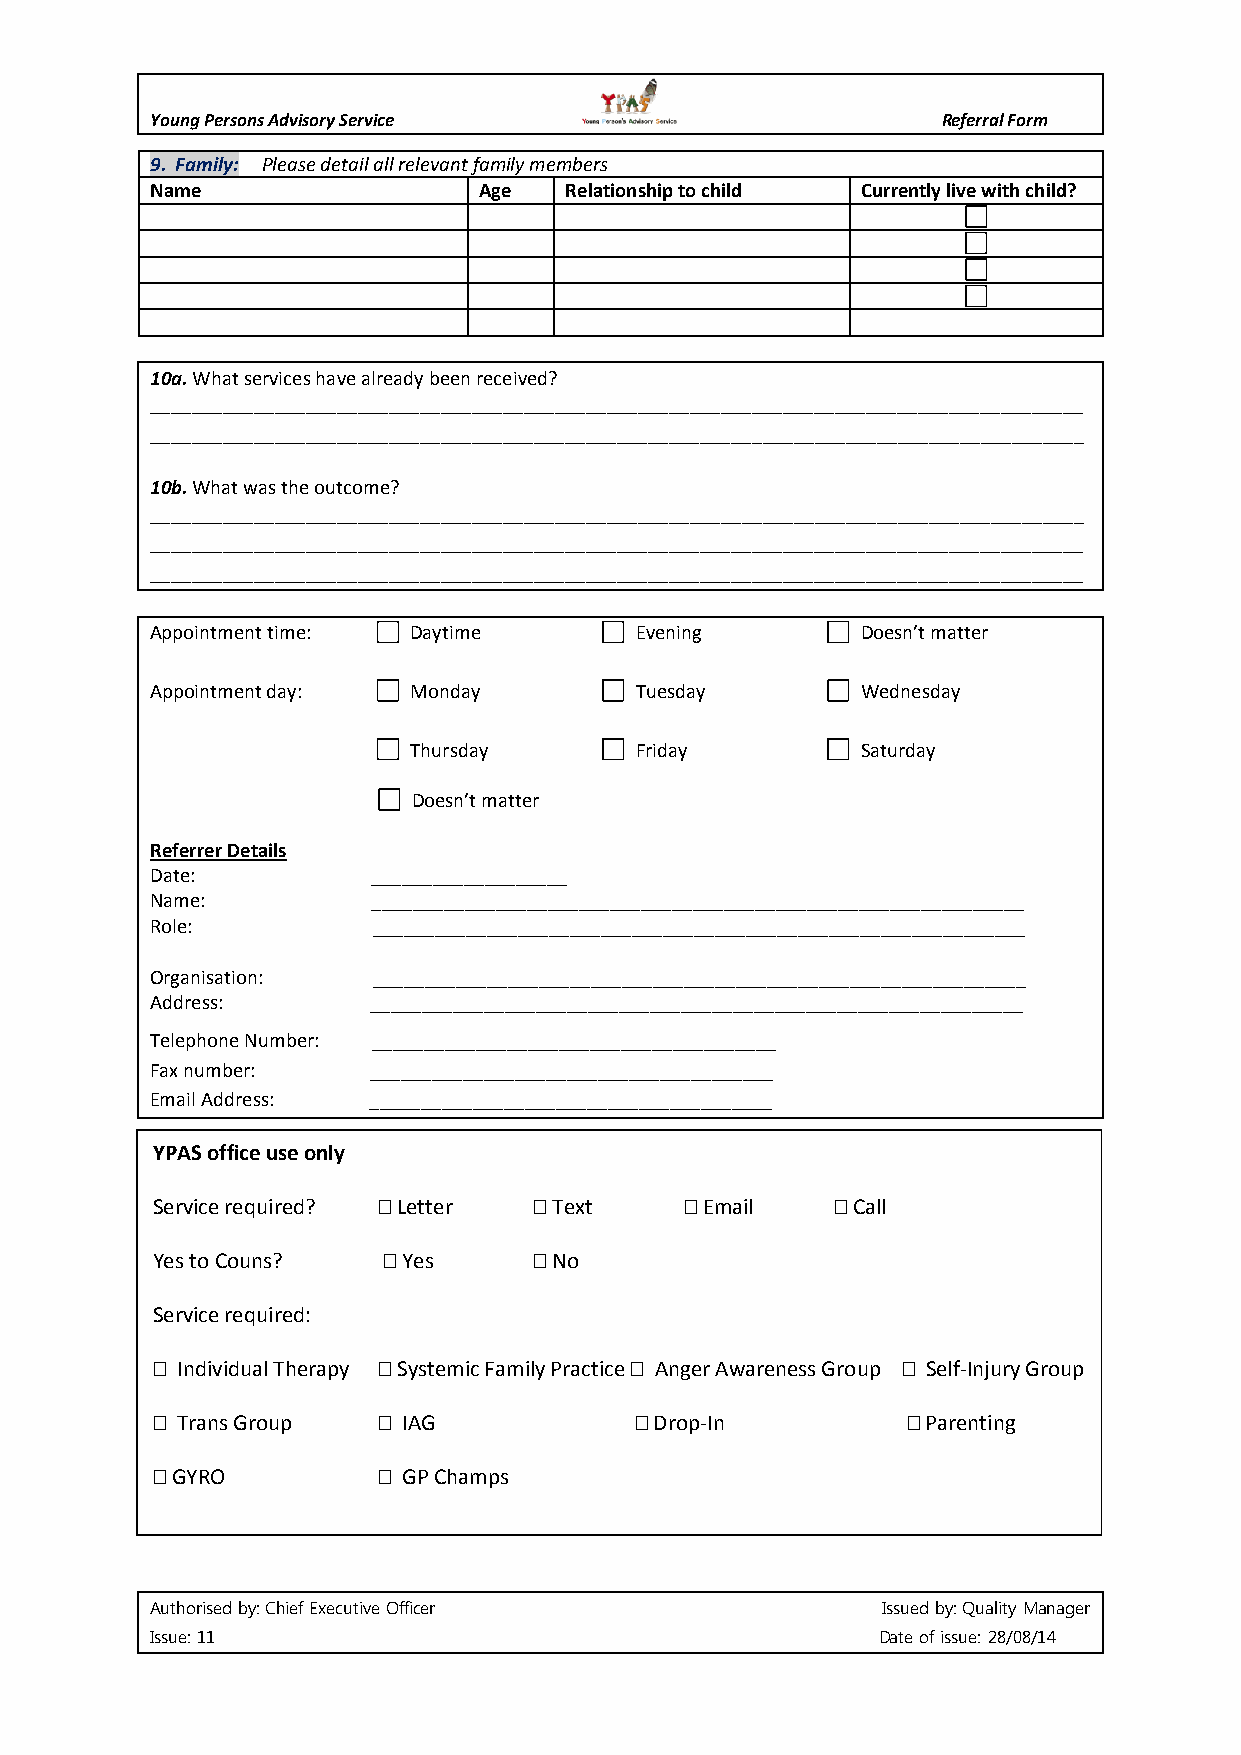
Young Persons Advisory Service                      Referral Form
 9. Family: Please detail all relevant family members
 Name                  Age  Relationship to child Currently live with child?
 10a. What services have already been received?
 __________________________________________________________________________________________
 __________________________________________________________________________________________
 10b. What was the outcome?
 __________________________________________________________________________________________
 __________________________________________________________________________________________
 __________________________________________________________________________________________
 Appointment time: Daytime       Evening        Doesn’t matter
 Appointment day: Monday         Tuesday        Wednesday
 Thursday       Friday         Saturday
 Doesn’t matter
 Referrer Details
 Date:          ___________________
 Name:          _______________________________________________________________
 Role:          _______________________________________________________________
 Organisation:  _______________________________________________________________
 Address:      _______________________________________________________________
 Telephone Number: _______________________________________
 Fax number:   _______________________________________
 Email Address: _______________________________________
 YPAS office use only
 Service required?  Letter  Text   Email    Call
 Yes to Couns?   Yes      No
 Service required:
  Individual Therapy  Systemic Family Practice  Anger Awareness Group  Self-Injury Group
  Trans Group   IAG             Drop-In          Parenting
  GYRO          GP Champs
 Authorised by: Chief Executive Officer          Issued by: Quality Manager
 Issue: 11                                       Date of issue: 28/08/14